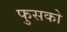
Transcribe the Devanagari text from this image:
फुसको